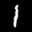
Label: 1